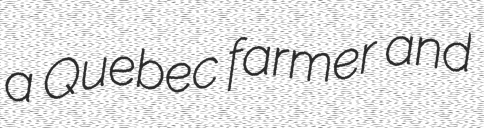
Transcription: a Quebec farmer and